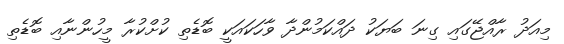
މިއަދު ރާއްޖޭގައި ގިނަ ބަޔަކު ދައްކަމުންދާ ވާހަކައަކީ ބޮޑެތި ކުށްކުރާ މީހުންނާއި ބޮޑެތި